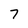
Character: 7